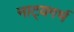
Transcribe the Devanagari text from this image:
नाट्यगर्भ